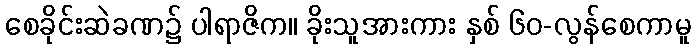
စေခိုင်းဆဲခဏ၌ ပါရာဇိက။ ခိုးသူအားကား နှစ် ၆၀-လွန်စေကာမူ